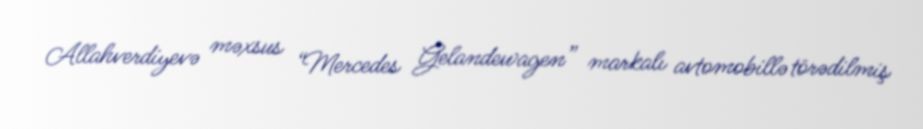
Allahverdiyevə məxsus “Mercedes Gelandewagen” markalı avtomobillə törədilmiş